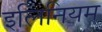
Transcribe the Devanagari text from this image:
इलिनियम